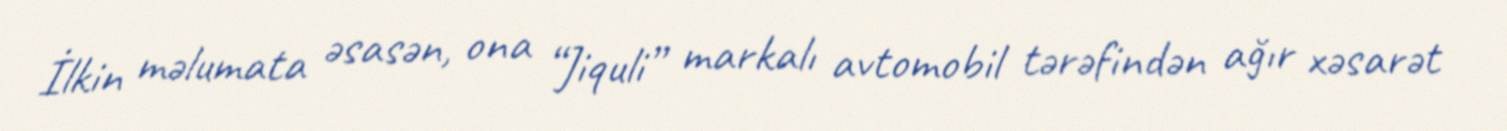
İlkin məlumata əsasən, ona “Jiquli” markalı avtomobil tərəfindən ağır xəsarət